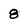
Character: 8